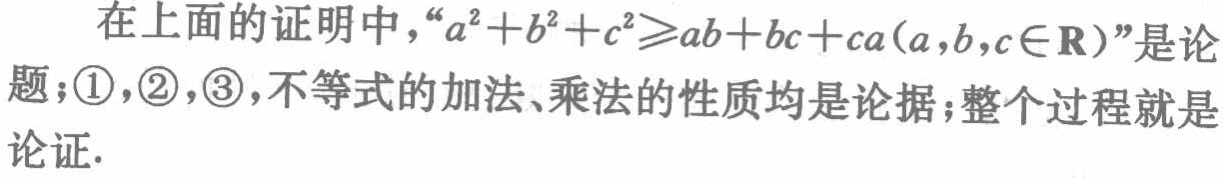
在上面的证明中，“\(a^{2}+b^{2}+c^{2}\geqslant ab + bc + ca(a,b,c\in\mathbf{R})\)”是论题；\textcircled{1}，\textcircled{2}，\textcircled{3}，不等式的加法、乘法的性质均是论据；整个过程就是论证.